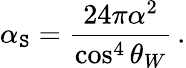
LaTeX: \alpha_{\mathtt{S}}=\frac{{24\pi\alpha^{2}}}{{\cos^{4}\theta_{W}}}\, .